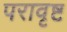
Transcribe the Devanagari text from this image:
परावृष्ट